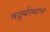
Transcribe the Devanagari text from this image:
चतुर्थस्थान